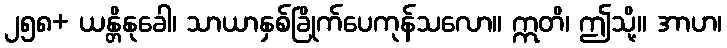
၂၅၈+ ယန္တိနုခေါ၊ သာယာနှစ်ခြိုက်ပေကုန်သလော။ ဣတိ၊ ဤသို့။ အာဟ၊